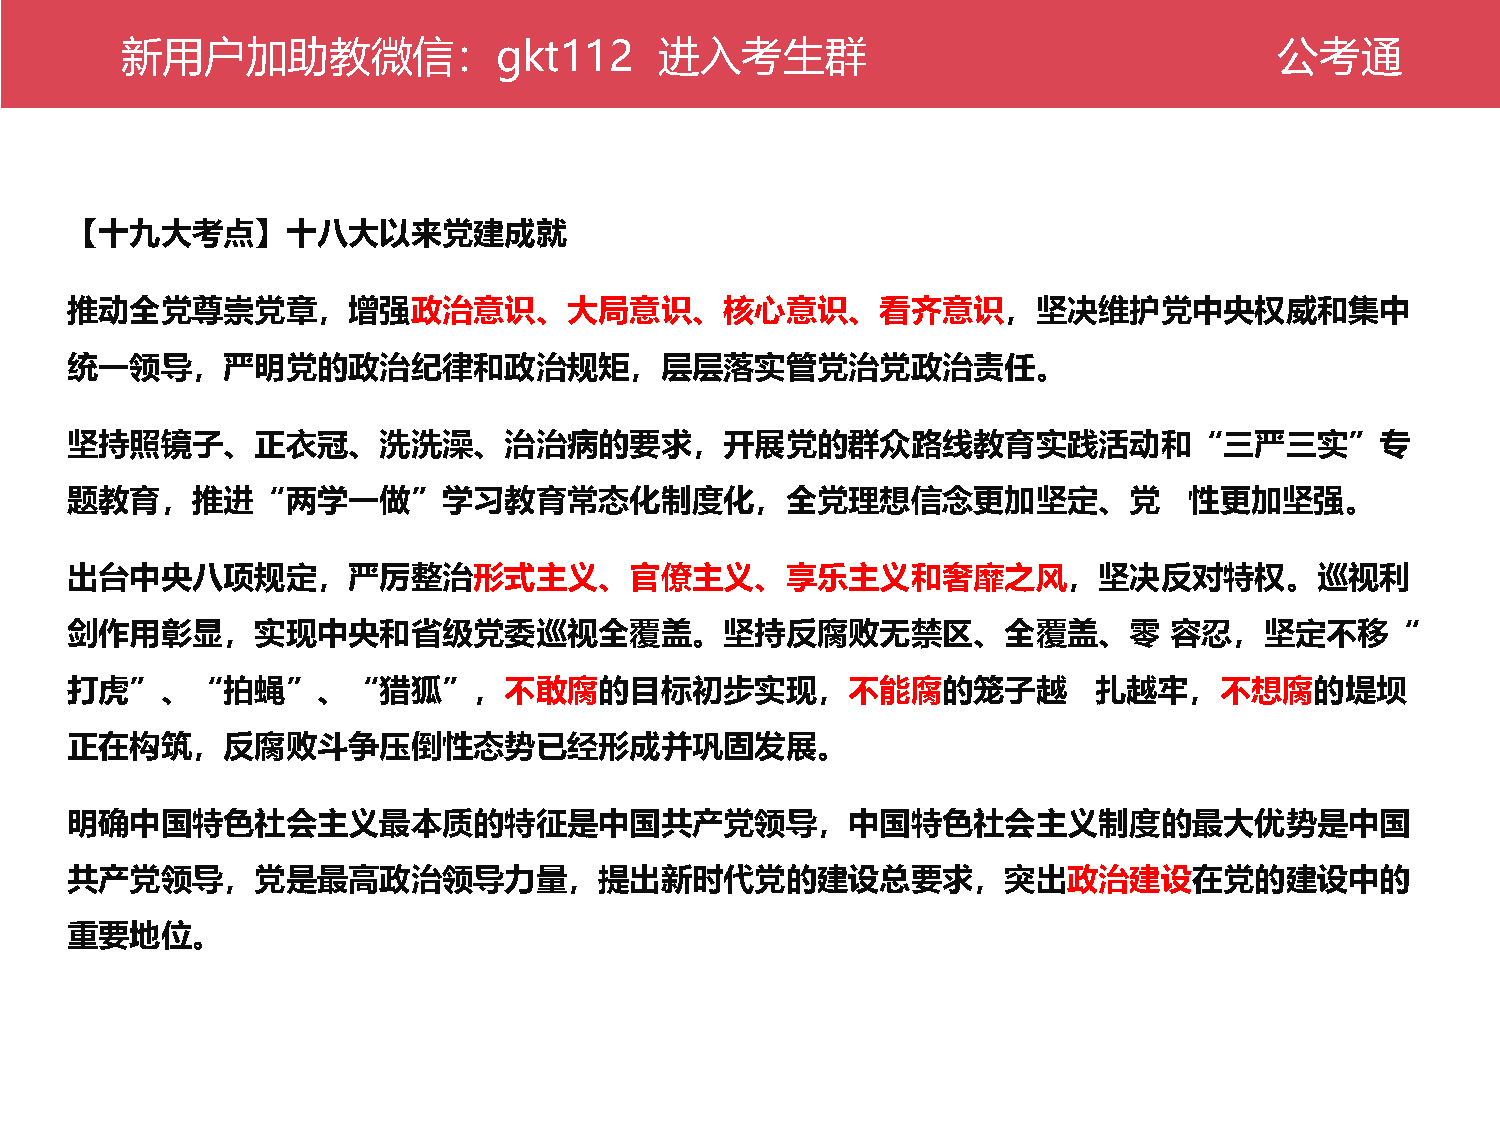
新公用考户通加助教微信：gkt112                  进入考生群                                    公考通
 【十九大考点】十八大以来党建成就
 推动全党尊崇党章，增强政治意识、大局意识、核心意识、看齐意识，坚决维护党中央权威和集中
 统一领导，严明党的政治纪律和政治规矩，层层落实管党治党政治责任。
 坚持照镜子、正衣冠、洗洗澡、治治病的要求，开展党的群众路线教育实践活动和“三严三实”专
 题教育，推进“两学一做”学习教育常态化制度化，全党理想信念更加坚定、党                                        性更加坚强。
 出台中央八项规定，严厉整治形式主义、官僚主义、享乐主义和奢靡之风，坚决反对特权。巡视利
 剑作用彰显，实现中央和省级党委巡视全覆盖。坚持反腐败无禁区、全覆盖、零                                      容忍，坚定不移“
 打虎”、“拍蝇”、“猎狐”，不敢腐的目标初步实现，不能腐的笼子越                                    扎越牢，不想腐的堤坝
 正在构筑，反腐败斗争压倒性态势已经形成并巩固发展。
 明确中国特色社会主义最本质的特征是中国共产党领导，中国特色社会主义制度的最大优势是中国
 共产党领导，党是最高政治领导力量，提出新时代党的建设总要求，突出政治建设在党的建设中的
 重要地位。